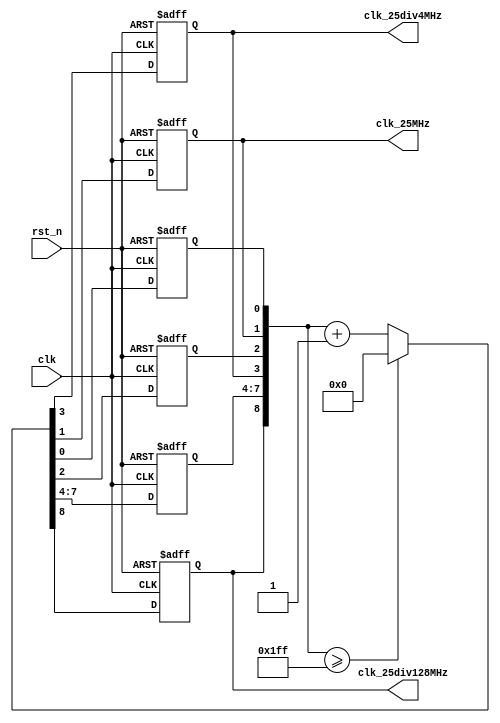
`timescale 1ns / 1ps
//////////////////////////////////////////////////////////////////////////////////
// Company: 
// Engineer: 
// 
// Design Name: 
// Module Name: clock_divider
// Project Name: 
// Target Devices: 
// Tool Versions: 
// Description: 
// 
// Dependencies: 
// 
// Revision:
// Revision 0.01 - File Created
// Additional Comments:
// 
//////////////////////////////////////////////////////////////////////////////////


module clock_divider(
    input clk,
    input rst_n,
    output reg clk_25div128MHz,
    output reg clk_25div4MHz,
    output reg clk_25MHz
    );
    reg cnt0;
    reg cnt1;
    reg [3:0]cnt2;
    reg [8:0]cnt_tmp;

    always @*  
        if ({clk_25div128MHz,cnt2,clk_25div4MHz,cnt1,clk_25MHz,cnt0} >= 9'b111111111) 
            cnt_tmp = 9'b0;
        else cnt_tmp = {clk_25div128MHz,cnt2,clk_25div4MHz,cnt1,clk_25MHz,cnt0} + 9'b1;
    
    always @(posedge clk or negedge rst_n)
        if (~rst_n) 
            {clk_25div128MHz,cnt2,clk_25div4MHz,cnt1,clk_25MHz,cnt0} <= 9'b000000000; 
        else {clk_25div128MHz,cnt2,clk_25div4MHz,cnt1,clk_25MHz,cnt0} <= cnt_tmp;
        
endmodule